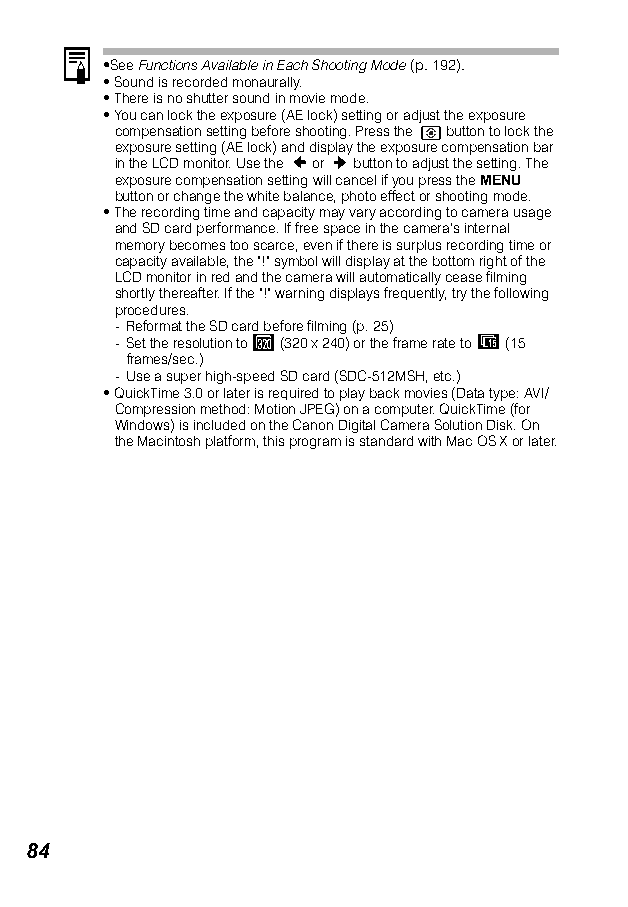
•See Functions Available in Each Shooting Mode (p. 192).
 •Sound is recorded monaurally.
 •There is no shutter sound in movie mode.
 •You can lock the exposure (AE lock) setting or adjust the exposure
 compensation setting before shooting. Press the button to lock the
 exposure setting (AE lock) and display the exposure compensation bar
 in the LCD monitor. Use the or button to adjust the setting. The
 exposure compensation setting will cancel if you press the MENU
 button or change the white balance, photo effect or shooting mode.
 •The recording time and capacity may vary according to camera usage
 and SD card performance. If free space in the camera's internal
 memory becomes too scarce, even if there is surplus recording time or
 capacity available, the "!" symbol will display at the bottom right of the
 LCD monitor in red and the camera will automatically cease filming
 shortly thereafter. If the "!" warning displays frequently, try the following
 procedures.
 - Reformat the SD card before filming (p. 25)
 - Set the resolution to (320 x 240) or the frame rate to (15
 frames/sec.)
 - Use a super high-speed SD card (SDC-512MSH, etc.)
 •QuickTime 3.0 or later is required to play back movies (Data type: AVI/
 Compression method: Motion JPEG) on a computer. QuickTime (for
 Windows) is included on the Canon Digital Camera Solution Disk. On
 the Macintosh platform, this program is standard with Mac OS X or later.
 84